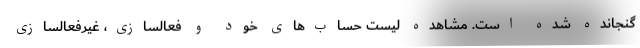
گنجانده شده است. مشاهده لیست حساب‌های خود و فعالسازی، غیرفعالسازی